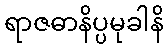
ရာဇဓာနိပ္ပမုခါနိ